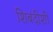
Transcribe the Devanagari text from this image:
शिबंदीशी